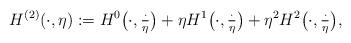
LaTeX: \begin{align*}H^{(2)}(\cdot, \eta):=H^0\bigl(\cdot, \tfrac{\cdot}{\eta}\bigr)+\eta H^1\bigl(\cdot, \tfrac{\cdot}{\eta}\bigr)+\eta^2 H^2\bigl(\cdot, \tfrac{\cdot}{\eta}\bigr),\end{align*}